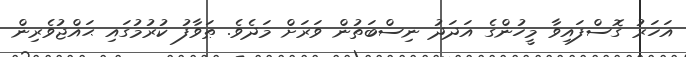
އަހަރު ގޮސްފައިވާ މީހުންގެ އަދަދު ނިސްބަތުން ވަރަށް މަދެވެ. ޠަވާފު ކުރުމުގައި ޙައްޖުވެރިން